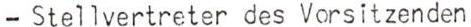
- Stellvertreter des Vorsitzenden